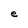
Character: e